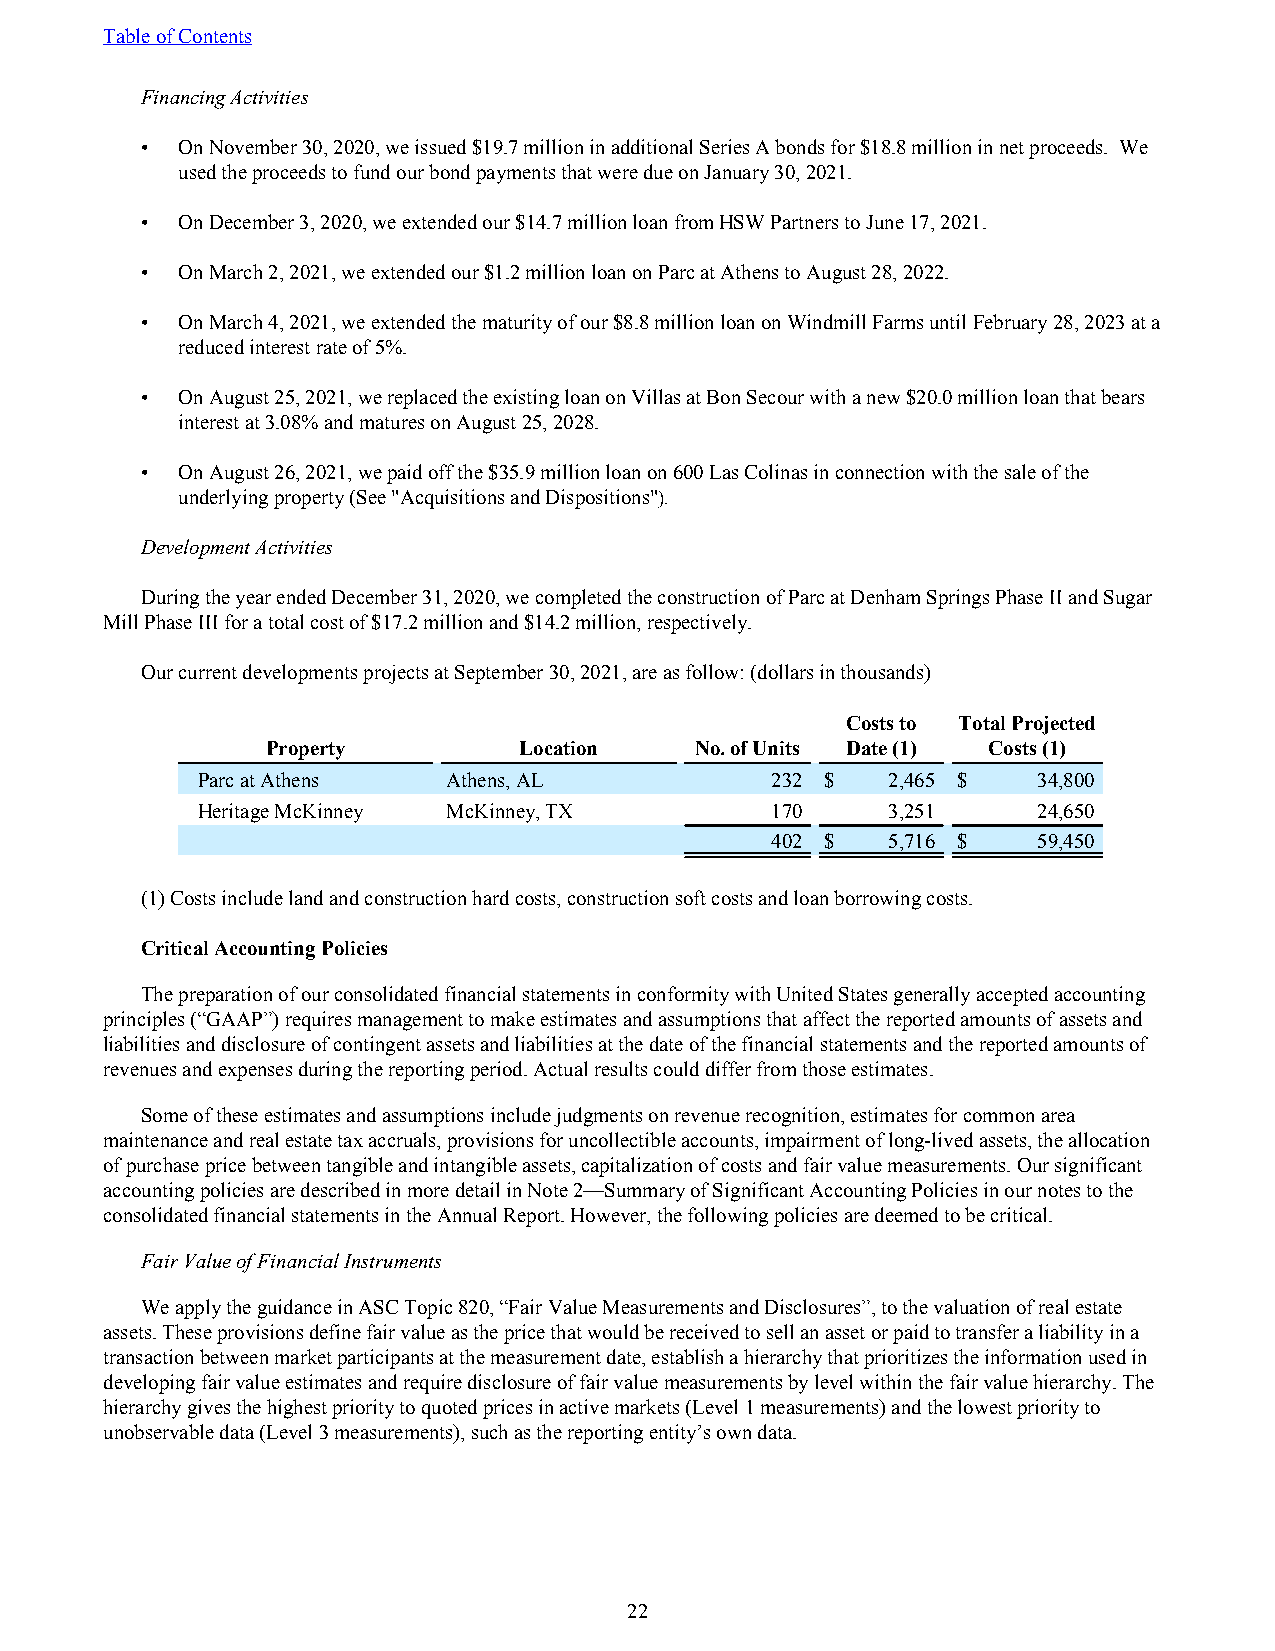
Table of Contents
 Financing Activities
 •  On November 30, 2020, we issued $19.7 million in additional Series A bonds for $18.8 million in net proceeds. We
 used the proceeds to fund our bond payments that were due on January 30, 2021.
 •  On December 3, 2020, we extended our $14.7 million loan from HSW Partners to June 17, 2021.
 •  On March 2, 2021, we extended our $1.2 million loan on Parc at Athens to August 28, 2022.
 •  On March 4, 2021, we extended the maturity of our $8.8 million loan on Windmill Farms until February 28, 2023 at a
 reduced interest rate of 5%.
 •  On August 25, 2021, we replaced the existing loan on Villas at Bon Secour with a new $20.0 million loan that bears
 interest at 3.08% and matures on August 25, 2028.
 •  On August 26, 2021, we paid off the $35.9 million loan on 600 Las Colinas in connection with the sale of the
 underlying property (See "Acquisitions and Dispositions").
 Development Activities
 During the year ended December 31, 2020, we completed the construction of Parc at Denham Springs Phase II and Sugar
 Mill Phase III for a total cost of $17.2 million and $14.2 million, respectively.
 Our current developments projects at September 30, 2021, are as follow: (dollars in thousands)
 Costs to Total Projected
 Property        Location    No. of Units Date (1) Costs (1)
 Parc at Athens   Athens, AL           232 $   2,465 $   34,800
 Heritage McKinney McKinney, TX        170     3,251     24,650
 402 $   5,716 $   59,450
 (1) Costs include land and construction hard costs, construction soft costs and loan borrowing costs.
 Critical Accounting Policies
 The preparation of our consolidated financial statements in conformity with United States generally accepted accounting
 principles (“GAAP”) requires management to make estimates and assumptions that affect the reported amounts of assets and
 liabilities and disclosure of contingent assets and liabilities at the date of the financial statements and the reported amounts of
 revenues and expenses during the reporting period. Actual results could differ from those estimates.
 Some of these estimates and assumptions include judgments on revenue recognition, estimates for common area
 maintenance and real estate tax accruals, provisions for uncollectible accounts, impairment of long-lived assets, the allocation
 of purchase price between tangible and intangible assets, capitalization of costs and fair value measurements. Our significant
 accounting policies are described in more detail in Note 2—Summary of Significant Accounting Policies in our notes to the
 consolidated financial statements in the Annual Report. However, the following policies are deemed to be critical.
 Fair Value of Financial Instruments
 We apply the guidance in ASC Topic 820, “Fair Value Measurements and Disclosures”, to the valuation of real estate
 assets. These provisions define fair value as the price that would be received to sell an asset or paid to transfer a liability in a
 transaction between market participants at the measurement date, establish a hierarchy that prioritizes the information used in
 developing fair value estimates and require disclosure of fair value measurements by level within the fair value hierarchy. The
 hierarchy gives the highest priority to quoted prices in active markets (Level 1 measurements) and the lowest priority to
 unobservable data (Level 3 measurements), such as the reporting entity’s own data.
 22